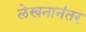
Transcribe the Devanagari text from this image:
लेखनानंतर